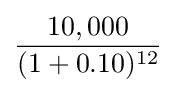
{\frac {10,000}{(1+0.10)^{12}}}